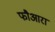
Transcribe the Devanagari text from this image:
फौआरा